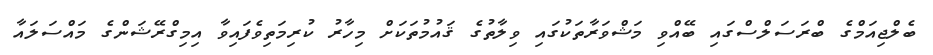
ބެލްޖިއަމްގެ ބްރަސަލްސްގައި ބޭއްވި މަޝްވަރާތަކުގައި ވިލާތުގެ ޤައުމުތަކަށް މިހާރު ކުރިމަތިވެފައިވާ އިމިގްރޭޝަންގެ މައްސަލައާ